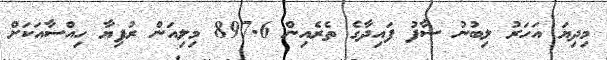
މިދިޔަ އަހަރު ލިބުނު ސާފު ފައިދާގެ ތެރެއިން 897.6 މިލިއަން ރުފިޔާ ހިއްސާއަކަށް